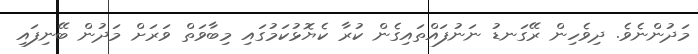
މަދުންނެވެ. ދިވެހިން ރޭގަނޑު ނަނުފައްތައިގެން ކުރާ ކެޔޮޅުކަމުގައި މިބާވަތް ވަރަށް މަދުން ބޭނިފައި